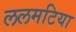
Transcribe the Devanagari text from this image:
ललमटिया